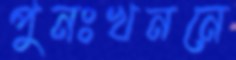
পুনঃখননে